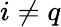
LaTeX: i\neq q